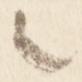
々